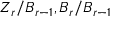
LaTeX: Z _ { r } / B _ { r - 1 } , B _ { r } / B _ { r - 1 }